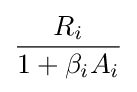
{\frac {R_{i}}{1+\beta _{i}A_{i}}}